画像に写った文字を読んでください
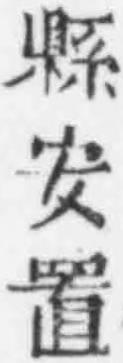
「縣安置」と書いてあります